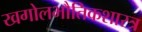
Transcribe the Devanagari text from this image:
खगोलभौतिकशास्त्र